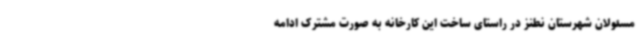
مسئولان شهرستان نطنز در راستای ساخت این کارخانه به صورت مشترک ادامه